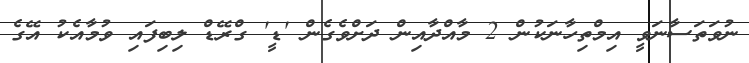
ނުވަތަސާނަވީ އިމްތިހާނަކުން 2 މާއްދާއިން ދަށްވެގެން 'ޑީ' ގްރޭޑް ލިބިފައި ވުމާއެކު އޭގެ